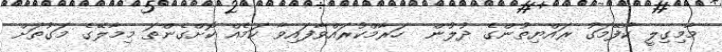
މާމިގިލީ ކާފޭމަގު ރައްޔިތުންގެ ދުލުން  ހަރާމްކުރައްވާފައިވާ ކަމެއް ކޮށްގެންތަ މިމާލޭގެ މަގުތަށް